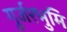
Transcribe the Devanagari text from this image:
गुर्जरभुमि